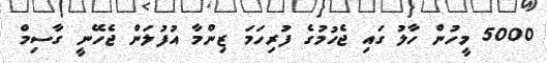
5000 މީހުން ހާލު ގައި ޖެހުމުގެ ފުރިހަމަ ޒިންމާ އުފުލަން ޖެހޭނީ ގާސިމް